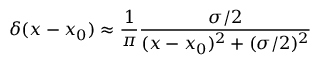
\delta ( x - x _ { 0 } ) \approx \frac { 1 } { \pi } \frac { \sigma / 2 } { ( x - x _ { 0 } ) ^ { 2 } + ( \sigma / 2 ) ^ { 2 } }